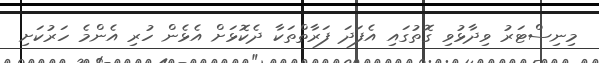
މިނިސްޓަރު ވިދާޅުވި ގޮތުގައި އެފަދަ ފަރާތްތަކާ ދެކޮޅަށް އެޅެން ހުރި އެންމެ ހަރުކަށި